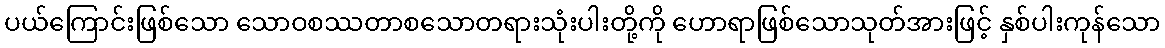
ပယ်ကြောင်းဖြစ်သော သောဝစဿတာစသောတရားသုံးပါးတို့ကို ဟောရာဖြစ်သောသုတ်အားဖြင့် နှစ်ပါးကုန်သော